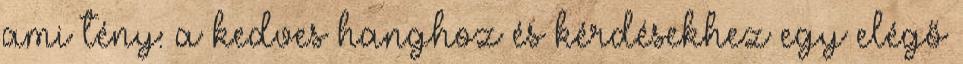
ami tény: a kedves hanghoz és kérdésekhez egy elégő